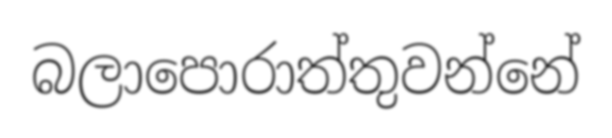
බලාපොරාත්තුවන්නේ